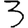
Digit: 3